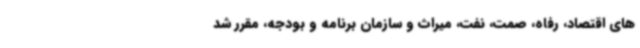
های اقتصاد، رفاه، صمت، نفت، میراث و سازمان برنامه و بودجه، مقرر شد